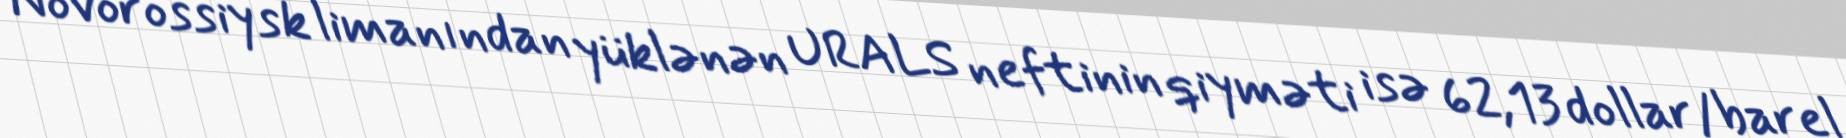
Novorossiysk limanından yüklənən URALS neftinin qiyməti isə 62,13 dollar/barel